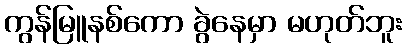
ကွန်မြူနစ်ကော ခွဲနေမှာ မဟုတ်ဘူး